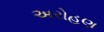
અરોહણ